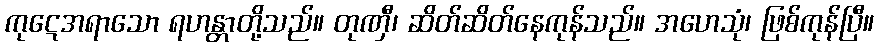
ကုဋေအရာသော ရဟန္တာတို့သည်။ တုဏှီ၊ ဆိတ်ဆိတ်နေကုန်သည်။ အဟေသုံ၊ ဖြစ်ကုန်ပြီ။